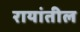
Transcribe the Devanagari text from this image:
रायांतील